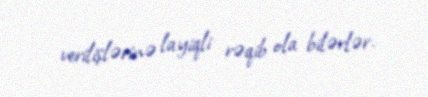
verilişlərinə layiqli rəqib ola bilərlər.